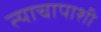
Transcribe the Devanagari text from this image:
त्याचापाशी